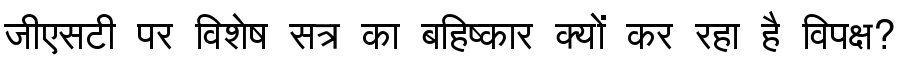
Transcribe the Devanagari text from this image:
जीएसटी पर विशेष सत्र का बहिष्कार क्यों कर रहा है विपक्ष?